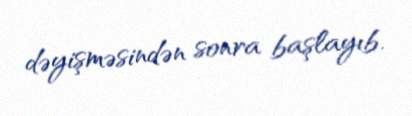
dəyişməsindən sonra başlayıb.